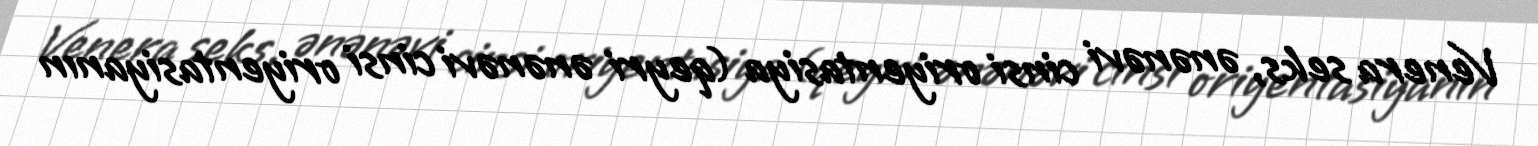
Venera seks, ənənəvi cinsi oriyentasiya (qeyri ənənəvi cinsi oriyentasiyanın